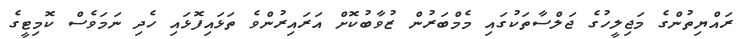
ރައްޔިތުންގެ މަޖިލީހުގެ ޖަލްސާތަކުގައި މެމްބަރުން ޒުވާބުކޮށް އަރައިރުންވެ ތަޅައިފޮޅައި ހެދި ނަމަވެސް ކޮމިޓީގެ